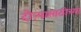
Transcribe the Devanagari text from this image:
दौऱ्यासाठीच्या